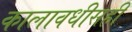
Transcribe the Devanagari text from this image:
कालावधीसही